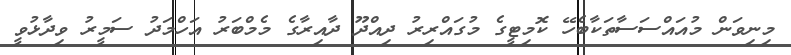
މިނިވަން މުއައްސަސާތަކާބެހޭ ކޮމިޓީގެ މުގައްރިރު ދިއްދޫ ދާއިރާގެ މެމްބަރު އަހްމަދު ސަމީރު ވިދާޅުވީ